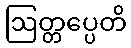
ဩတ္တပ္ပေတိ